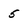
Character: 5